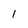
Character: 1